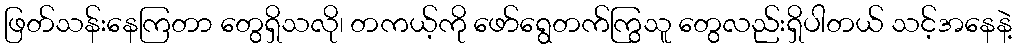
ဖြတ်သန်းနေကြတာ တွေရှိသလို၊ တကယ့်ကို ဖော်ရွေတက်ကြွသူ တွေလည်းရှိပါတယ် သင့်အနေနဲ့